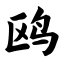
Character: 鸥